Korporatsioon_Amicitia, lk 4
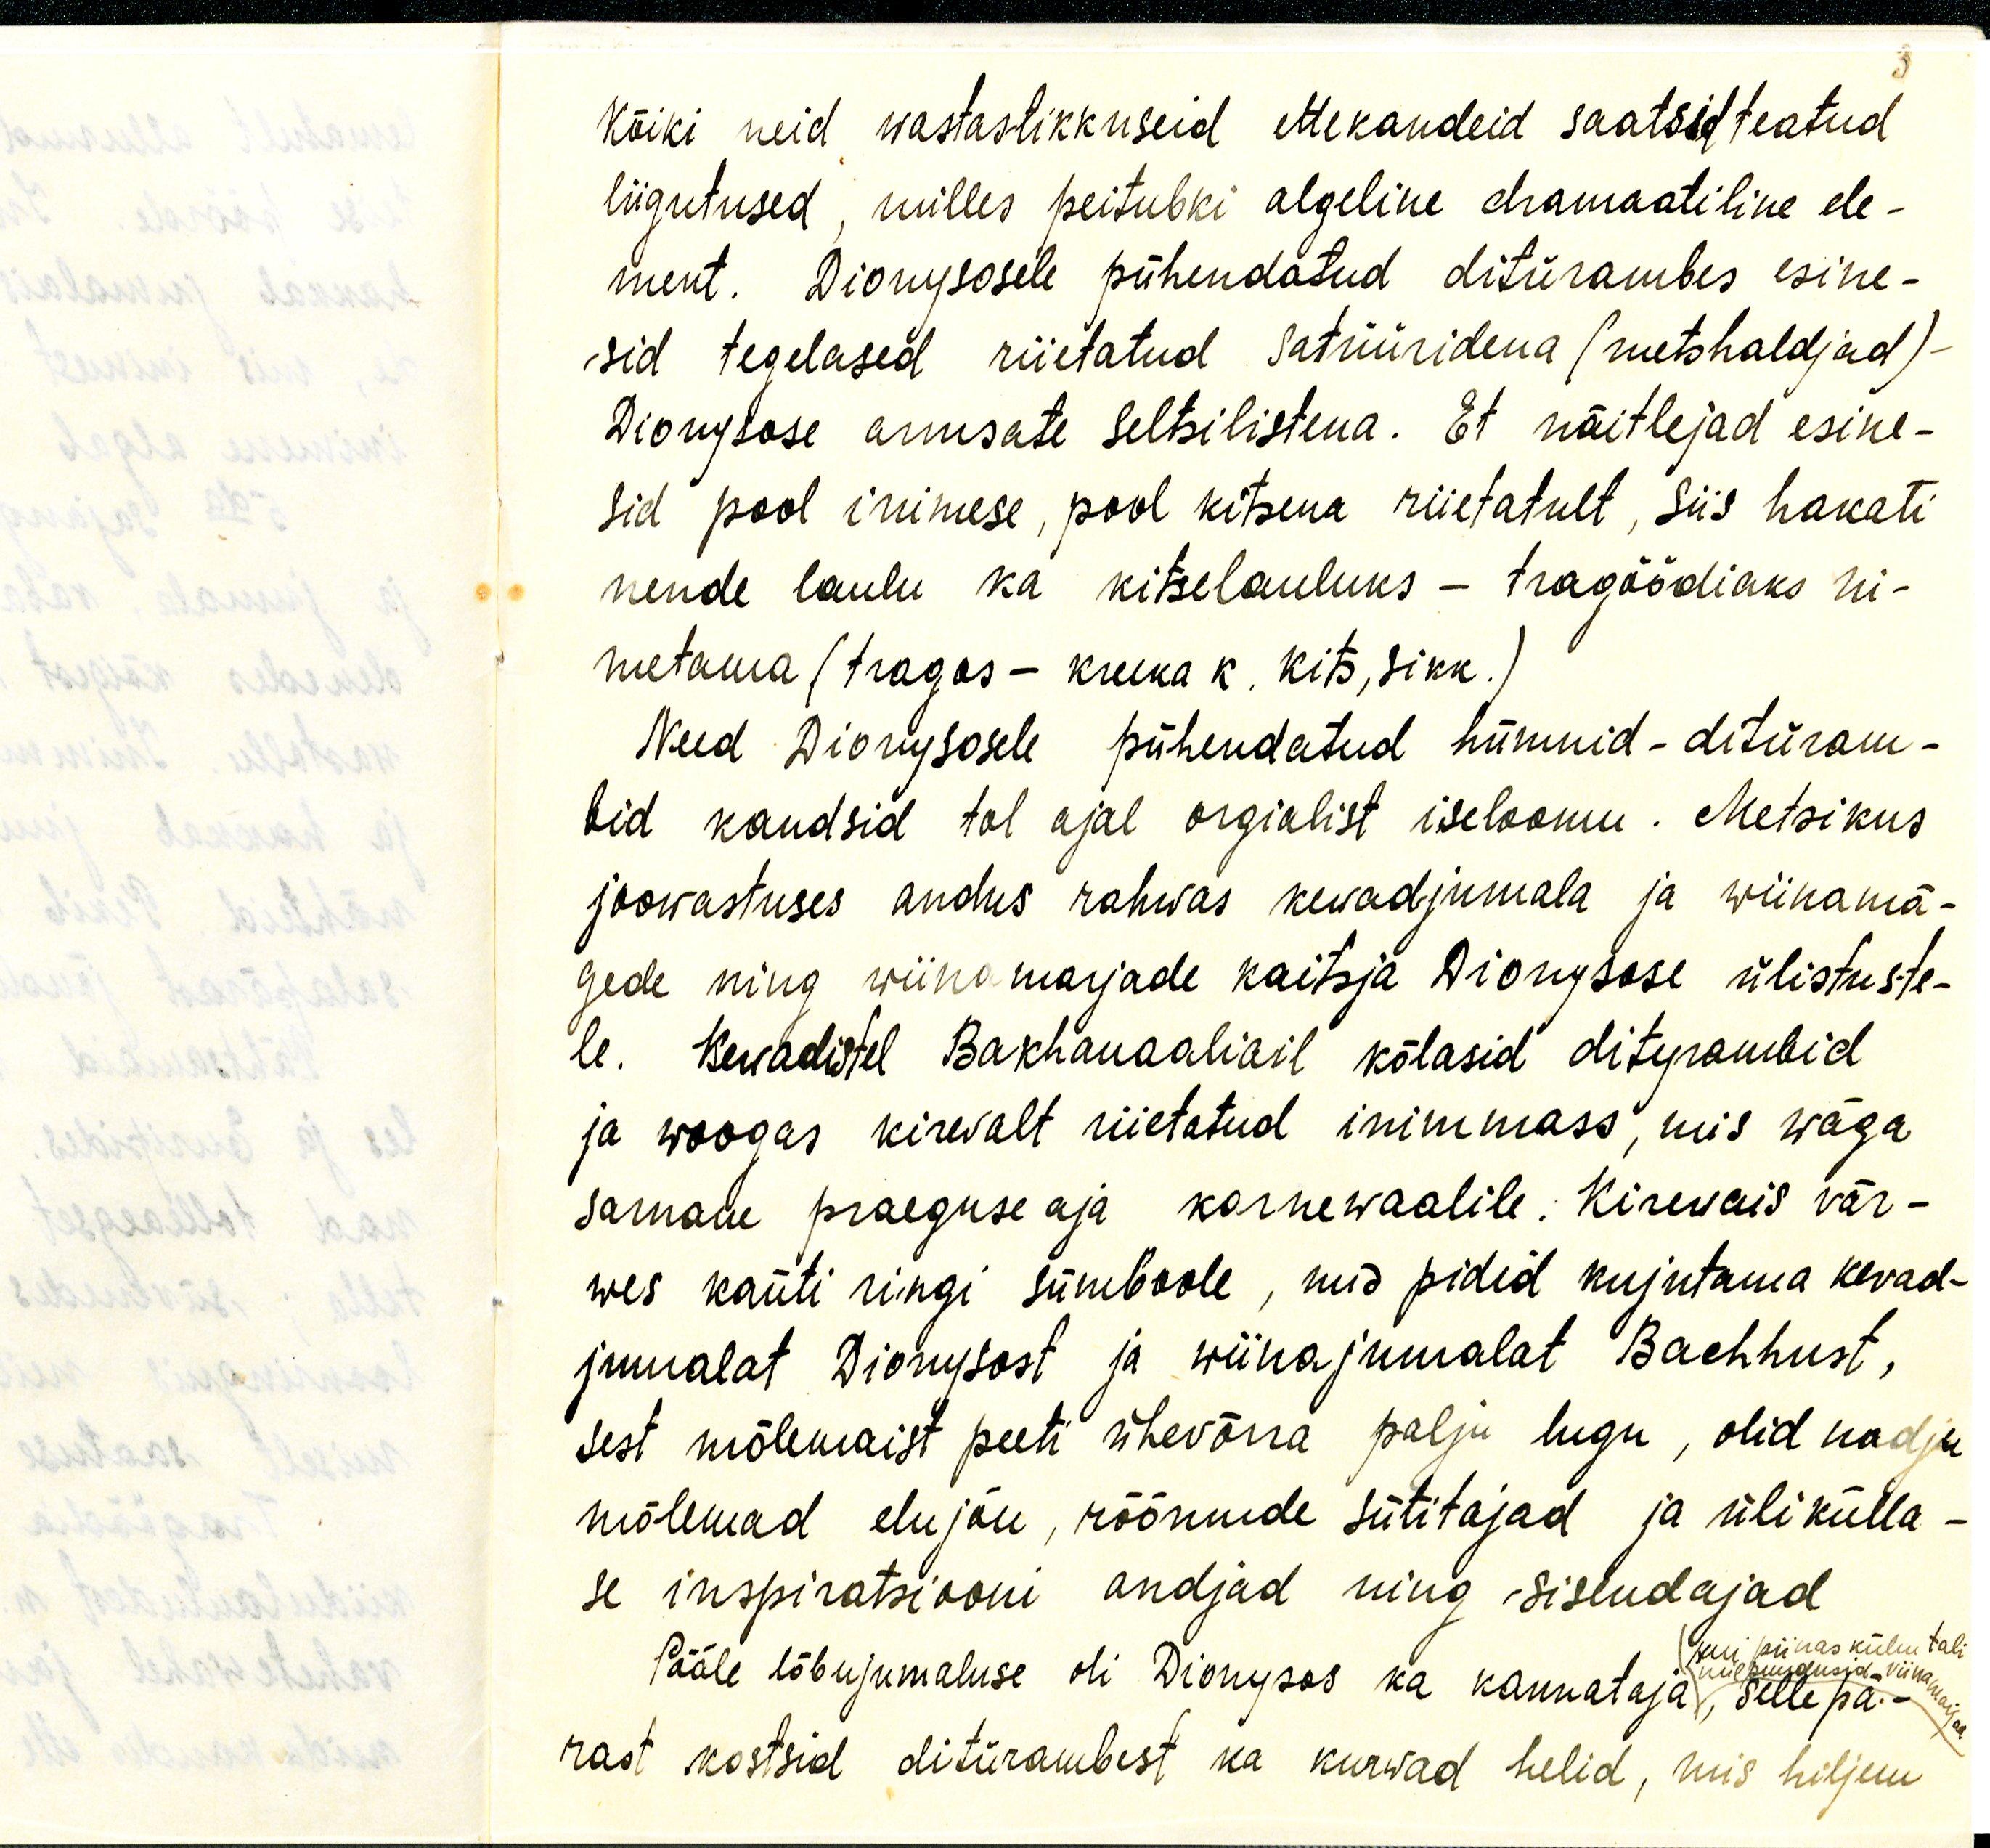
3
kõiki neid wastastikkuseid ettekandeid saatsid teatud
liigutused, milles peitubki algeline dramaatiline ele-
ment. Dionysosele pühendatud ditürambes esine-
sid tegelased riietatud satrüüridena (metshaldjad)-
Dionysose armsate seltsilistena. Et näitlejad esine-
sid pool inimese, pool kitsena riietatult, siis hakati,
nende laulu ka kitselauluks - tragöödiaks ni-
metama (tragas - kreeka k. kits, sikk.)
Need Dionysosele pühendatud hümnid - dituram-
bid kandsid tol ajal orgialist iseloomu. Metsikus
joowastuses andus rahwas kewadjumala ja wiinamä-
gede ning wiinamarjade kaitsja Dionysose ülistuse-
le. Kewadisel Bakhanaaliail kõlasid dityrambid
ja woogas kirevalt riietatud inimmass, mis wäga
sarnane praeguse aja karnewaalile: Kirevais vär-
wes kanti ringi sümboole, mis pidid kujutama kevad-
jumalat Dionysost ja wiinajumalat Bachhust,
sest mõlemaist peeti ühevõrra palju lugu, olid nad ju
mõlemad elujõu, rõõmude sütitajad ja ülikülla-
se inspiratsiooni andjad ning sisendajad
kui piinas külm tali
mil puudusid, viinamarjad
Pääle lõbujumaluse oli Dionysos ka kannataja, sellepä-
rast kostsid ditürambest ka kurvad helid, mis hiljem